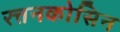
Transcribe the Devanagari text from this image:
रत्तनकोसिन